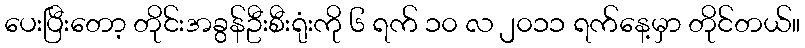
ပေးပြီးတော့ တိုင်းအခွန်ဦးစီးရုံးကို ၆ ရက် ၁၀ လ ၂၀၁၁ ရက်နေ့မှာ တိုင်တယ်။